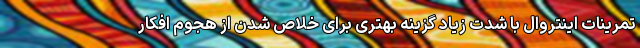
تمرینات اینتروال با شدت زیاد گزینه بهتری برای خلاص شدن از هجوم افکار